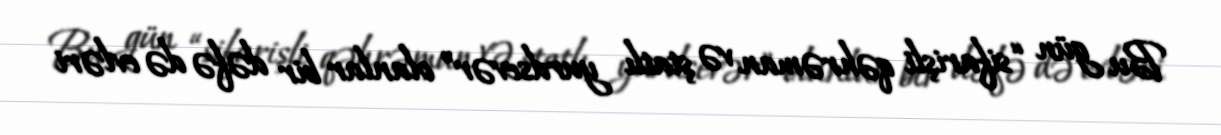
Bu gün “sifarişli qəhrəman və ştatlı yurdsevər” olanlar bir dəfə də evləri